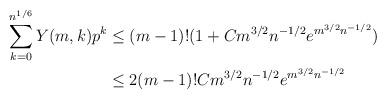
LaTeX: \begin{align*} \sum_{k=0}^{n^{1/6}} Y(m,k) p^k & \leq (m-1)! (1+C m^{3/2}n^{-1/2} e^{m^{3/2}n^{-1/2}}) \\ & \leq 2(m-1)! C m^{3/2}n^{-1/2} e^{m^{3/2}n^{-1/2}}\end{align*}